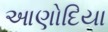
આણોદિયા